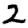
Digit: 2